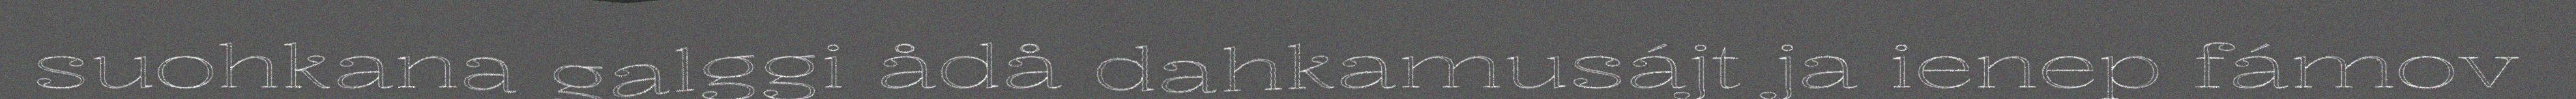
suohkana galggi ådå dahkamusájt ja ienep fámov